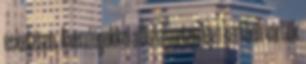
esketésen. A vendégekkel a Duna parton lévő kertben vártuk